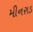
મીનરાડ